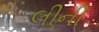
લીની